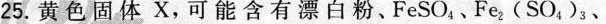
25.黄色固体X，可能含有漂白粉、FeSO_{4}、Fe_{2}(SO_{4})_{3}、